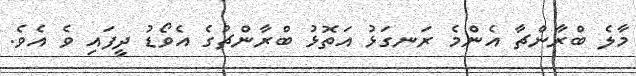
މާލެ ބްރާންޗާ އެންމެ ރަނގަޅު އަތޮޅު ބްރާންޗުގެ އެވޯޑު ދީފައި ވެ އެވެ.